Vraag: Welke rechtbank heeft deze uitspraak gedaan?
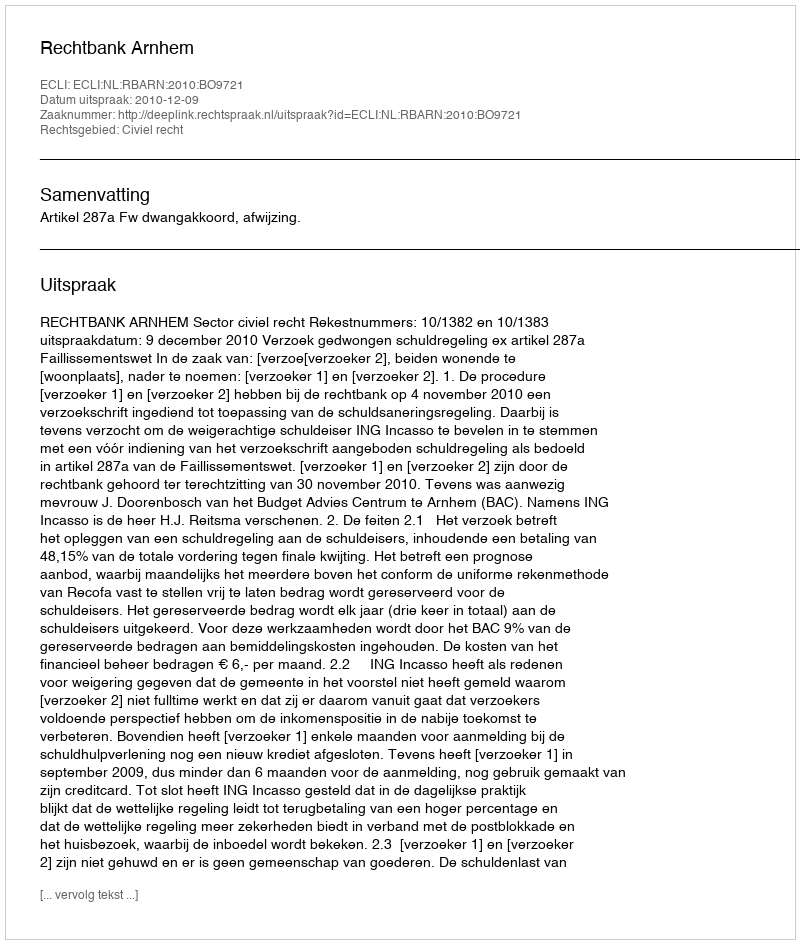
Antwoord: Rechtbank Arnhem